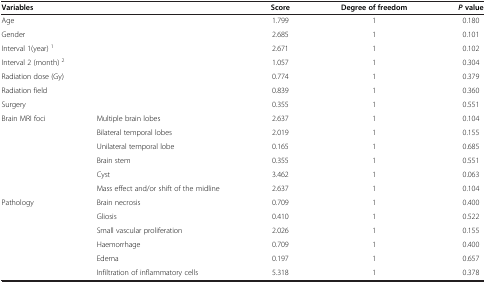
| <COLSPAN=2> Variables | Score | Degree of freedom | Pvalue |
 | --- | --- | --- | --- | --- |
 | <COLSPAN=2> Age | 1.799 | 1 | 0.180 |
 | <COLSPAN=2> Gender | 2.685 | 1 | 0.101 |
 | <COLSPAN=2> Interval 1(year) 1 | 2.671 | 1 | 0.102 |
 | <COLSPAN=2> Interval 2 (month) 2 | 1.057 | 1 | 0.304 |
 | <COLSPAN=2> Radiation dose (Gy) | 0.774 | 1 | 0.379 |
 | <COLSPAN=2> Radiation field | 0.839 | 1 | 0.360 |
 | <COLSPAN=2> Surgery | 0.355 | 1 | 0.551 |
 | <ROWSPAN=6> Brain MRI foci | Multiple brain lobes | 2.637 | 1 | 0.104 |
 | Bilateral temporal lobes | 2.019 | 1 | 0.155 |
 | Unilateral temporal lobe | 0.165 | 1 | 0.685 |
 | Brain stem | 0.355 | 1 | 0.551 |
 | Cyst | 3.462 | 1 | 0.063 |
 | Mass effect and/or shift of the midline | 2.637 | 1 | 0.104 |
 | <ROWSPAN=5> Pathology | Brain necrosis | 0.709 | 1 | 0.400 |
 | Gliosis | 0.410 | 1 | 0.522 |
 | Small vascular proliferation | 2.026 | 1 | 0.155 |
 | Haemorrhage | 0.709 | 1 | 0.400 |
 | Edema | 0.197 | 1 | 0.657 |
 |  | Infiltration of inflammatory cells | 5.318 | 1 | 0.378 |